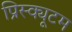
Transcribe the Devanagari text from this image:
प्रिस्क्यूटम